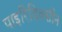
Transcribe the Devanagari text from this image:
पाइरिडिक्सीन